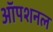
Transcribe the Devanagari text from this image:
ऑपशनल